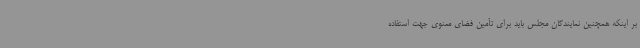
بر اینکه همچنین نمایندگان مجلس باید برای تأمین فضای معنوی جهت استفاده